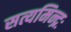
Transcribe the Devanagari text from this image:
सत्यमिन्द्रः